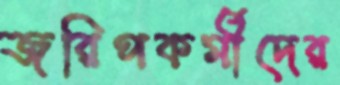
জরিপকর্মীদের